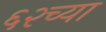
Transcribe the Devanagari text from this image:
६२च्या